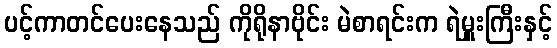
ပင့်ကာတင်ပေးနေသည် ကိုရိုနာဗိုင်း မဲစာရင်းက ရဲမှူးကြီးနှင့်